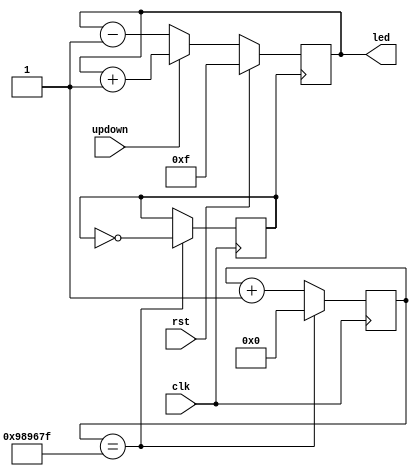
`timescale 1ns / 1ps

module up_down_counter(led, clk, rst, updown);
    output [3:0] led;
    input clk, rst,updown;
    reg [3:0] led;
    
    reg [26:0] count;
    reg clkdiv;

    initial
    begin
        count = 0;
        clkdiv = 0;
    end
    
    always @ (posedge clk)
    begin
        count <= count + 1;
        if(count == 10000000-1)
            begin
                count <= 0;
                clkdiv <= ~clkdiv;
            end
    end
    
    always @ (posedge clkdiv)
      begin
      if(rst)
      led <= 4'b1111;
      else if(updown)
        led <= led + 1; // upcounter
      else
        led <= led - 1; // downcounter
      end
endmodule